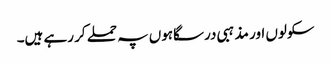
سکولوں اور مذہبی درسگاہوں پہ حملے کر رہے ہیں۔